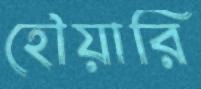
হৌয়ারি